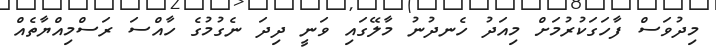
މިދުވަސް ފާހަގަކުރުމަށް މިއަދު ހެނދުނު މާލޭގައި ވަނީ ދިދަ ނެގުމުގެ ހާއްސަ ރަސްމިއްޔާތެއް